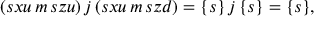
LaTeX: ( s x u \, m \, s z u ) \, j \, ( s x u \, m \, s z d ) = \{ s \} \, j \, \{ s \} = \{ s \} ,